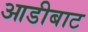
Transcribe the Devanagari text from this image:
आडीबाट